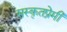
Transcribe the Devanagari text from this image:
सस्कृतप्रेमी